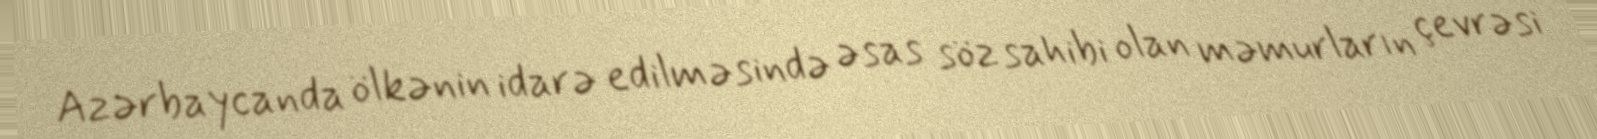
Azərbaycanda ölkənin idarə edilməsində əsas söz sahibi olan məmurların çevrəsi